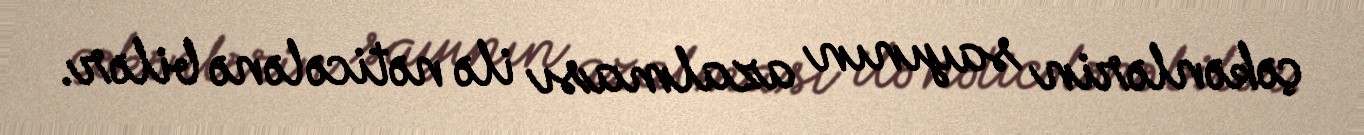
çəkənlərin sayının azalması ilə nəticələnə bilər.